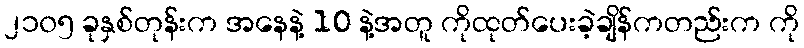
၂၁၀၅ ခုနှစ်တုန်းက အနေနဲ့ 10 နဲ့အတူ ကိုထုတ်ပေးခဲ့ချိန်ကတည်းက ကို